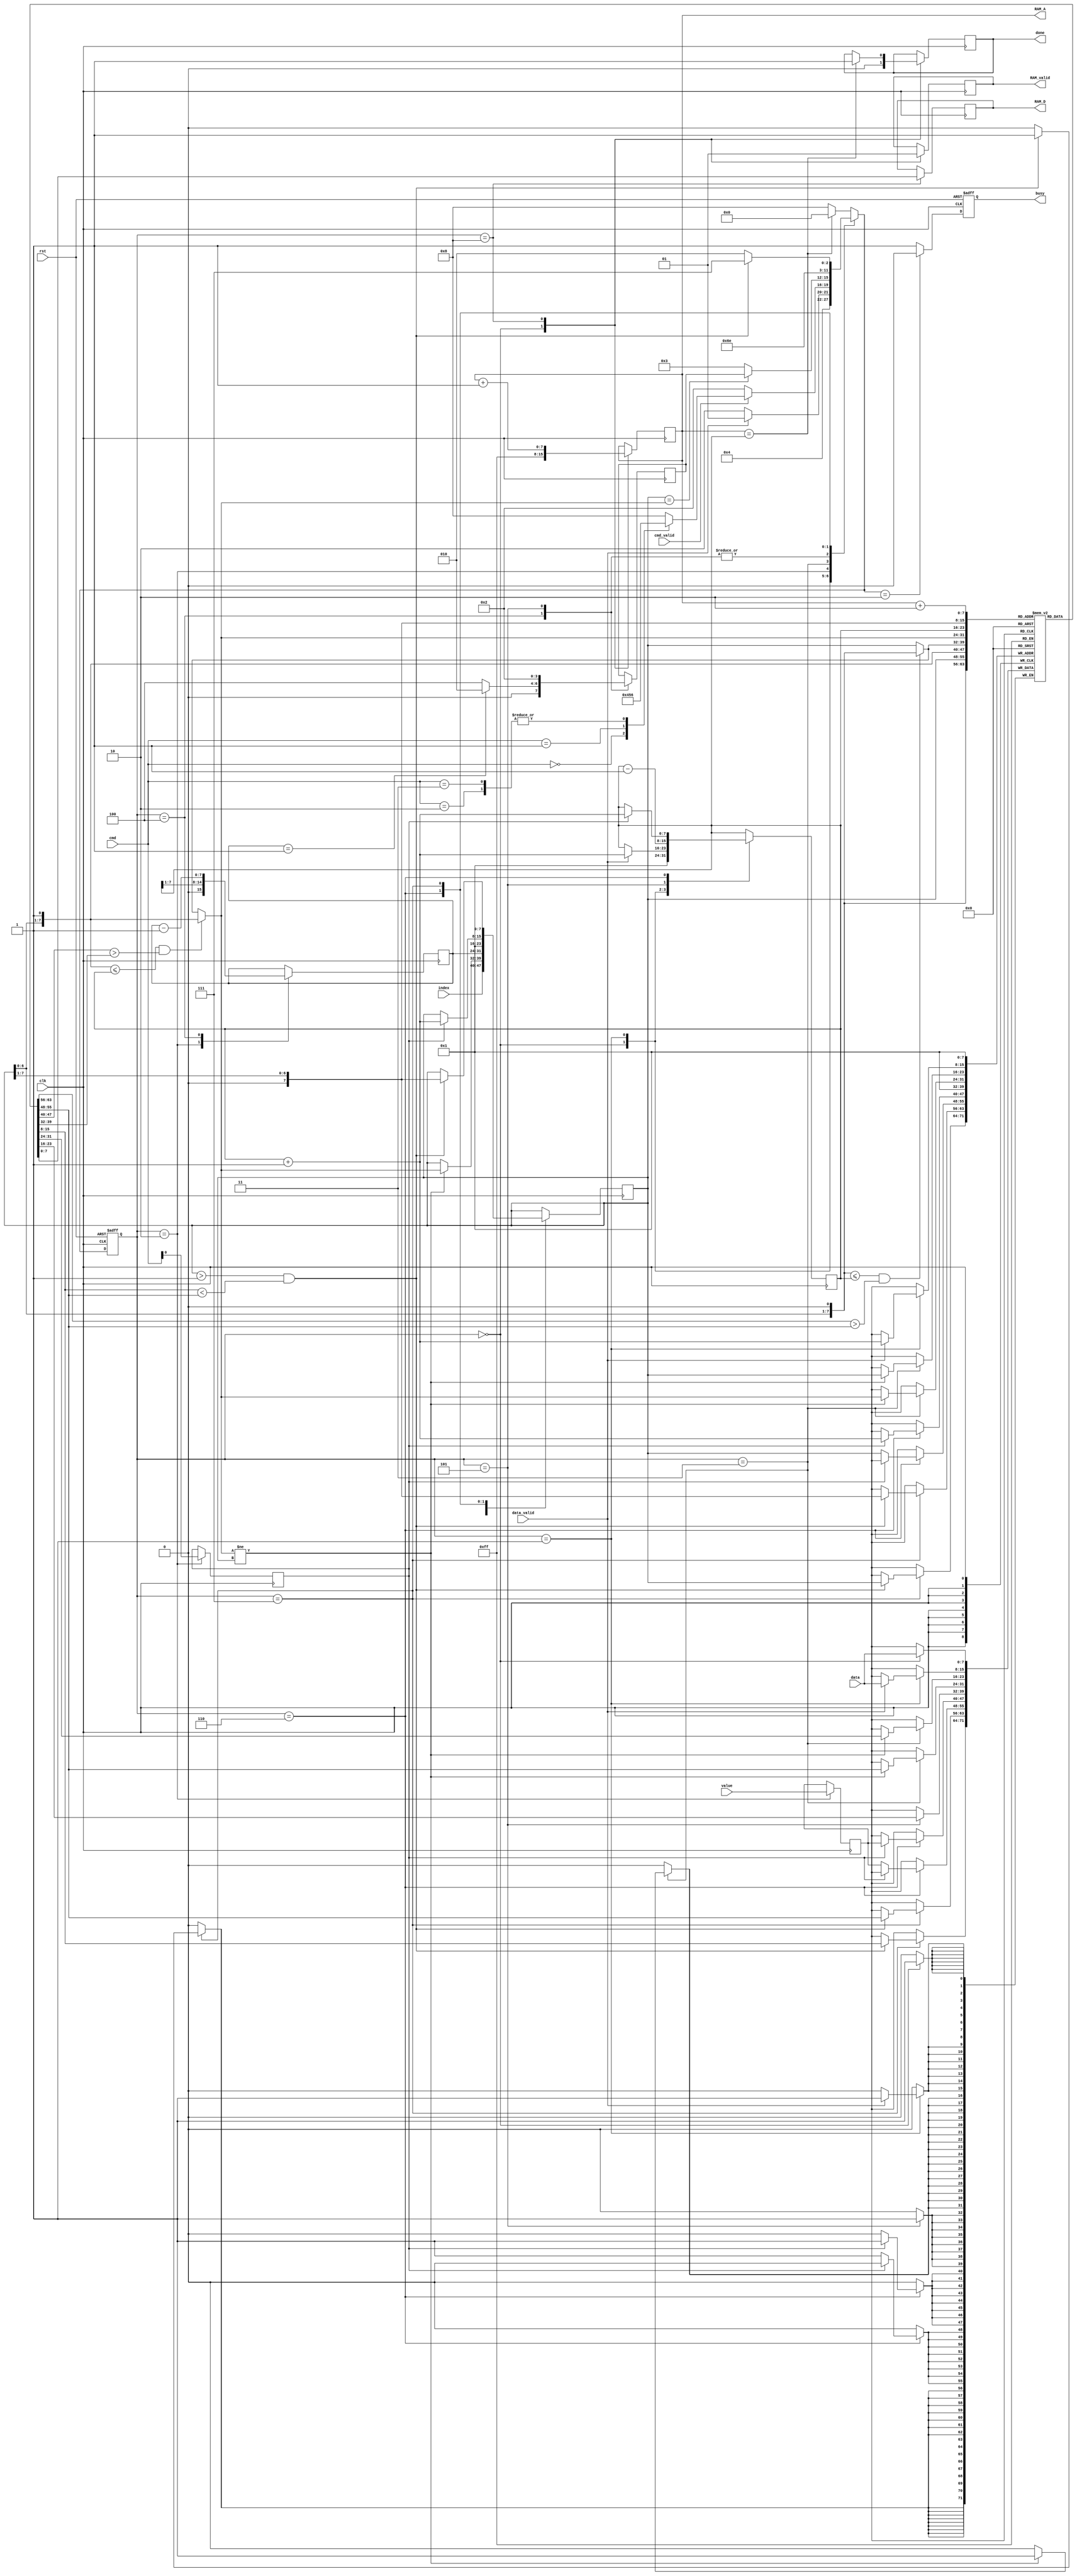
module MPQ(clk,rst,data_valid,data,cmd_valid,cmd,index,value,busy,RAM_valid,RAM_A,RAM_D,done);
input clk;
input rst;
input data_valid;
input [7:0] data;
input cmd_valid;
input [2:0] cmd;
input [7:0] index;
input [7:0] value;
output reg busy;
output reg RAM_valid;
output reg [7:0]RAM_A;
output reg [7:0]RAM_D;
output reg done;


localparam
    reset    = 0,
    load     = 1,
    wait_cmd = 2,
    heapify  = 3,
    build    = 4,
    extract  = 5,
    insert   = 6,
    while_0  = 7,
    write    = 8;

reg[3:0] state, nxt_state, ret_state;
reg[7:0] A[0:255];
reg[7:0] num, build_i, left, right, largest;
reg[7:0] index_tmp;
reg[7:0] value_tmp;
reg is_insert;
wire [7:0] index_tmp_parent = index_tmp >> 1;
wire [7:0] RAM_A_plus2 = RAM_A + 2;
wire inc_continue = (index_tmp > 1) && (A[index_tmp_parent] < A[index_tmp]); //index > 1 and A[PARENT(index)] < A[index]

/*
MAX-HEAPIFY(A, i)
    l = 2 * i
    r = 2 * i + 1
    if l <= n and A[l] > A[i]
        largest = l
    else largest = i
    if r <= n and A[r] > A[largest]
        largest = r
    if largest != i
        exchange A[i] with A[largest]
        MAX-HEAPIFY(A, largest)

BUILD-QUEUE(A)
    for i = n/2 downto 1
        MAX-HEAPIFY(A, i)

EXTRACT-MAX(A)
    if A.heap-size < 1
        error "heap underflow"
    max = A[1]
    A[1] = A[A.heap-size]
    A.heap-size = A.heap-size - 1
    MAX-HEAPIFY(A, 1)
    return max

INCREASE-VALUE(A, index, value)
    if value < A[index]
        error "new value is smaller than current value"
    A[index] = value
    while index > 1 and A[PARENT(index)] < A[index]
        exchange A[index] with A[PARENT(index)]
        index = PARENT(index)

INSERT-DATA(A, value)
    A.heap-size = A.heap-size + 1
    A[A.heap-size] = -
    INCREASE-VALUE(A, A.heap-size, value)
*/


always @(posedge clk, posedge rst)
    if(rst) state <= reset;
    else    state <= nxt_state;

always @(*) begin
    case(state)
        reset : nxt_state = load;
        load : begin
            if(!data_valid)
                nxt_state = wait_cmd;
            else
                nxt_state = load;
        end         
        wait_cmd : begin
            if(!cmd_valid)
                nxt_state = wait_cmd;
            else begin
                case(cmd)
                    0 : nxt_state = build; //Build_Queue
                    1 : nxt_state = extract; //Extract_Max
                    2 : nxt_state = insert; //Increase_Value
                    3 : nxt_state = insert; //Insert_Data
                    default : nxt_state = write; //Write
                endcase
            end
        end
        heapify : begin
            if(index_tmp == largest)
                nxt_state = ret_state; //back_state
            else
                nxt_state = heapify;
        end
        build : begin
            nxt_state = heapify;
        end
        extract : begin
            nxt_state = heapify;
        end
        insert : begin
            nxt_state = while_0;
        end
        while_0 : begin
            if(!inc_continue)
                nxt_state = wait_cmd;
            else //while index > 1 and A[PARENT(index)] < A[index]
                nxt_state = while_0;
        end
        default : begin
            if(RAM_A == num)
                nxt_state = reset;
            else
                nxt_state = write;
        end
    endcase
end

always @(*) begin // find max
    left = {index_tmp, 1'b0}; //l = 2 * i
    right = {index_tmp, 1'b1}; //r = 2 * i + 1
    largest = index_tmp;
    if((left <= num) && (A[left] > A[index_tmp])) //if l <= n and A[l] > A[i]
        largest = left; //largest = l
    if((right <= num) && (A[right] > A[largest])) //if r <= n and A[r] > A[largest]
        largest = right; //largest = r
end

always @(posedge clk) begin
    case(state)
        reset : begin
            A[1] <= data;
            num <= 1;
            RAM_valid <= 0;
            RAM_A     <= -1; // 8'hFF;
            done <= 0;
        end
        load : begin
            if(data_valid) begin
                num <= num + 1;
                A[num + 1] <= data;
            end
        end 
        wait_cmd : begin
            build_i <= (num >> 1);
            index_tmp <= index;
            value_tmp <= value;
            is_insert <= cmd[0];// increase : 010 insert : 011
        end 
        heapify : begin
            if(largest != index_tmp) begin //if largest != i
				//exchange A[i] with A[largest]
                A[index_tmp] <= A[largest];
                A[largest] <= A[index_tmp];
                index_tmp <= largest; //MAX-HEAPIFY(A, largest)
            end
        end 
        build : begin
			//for i = n/2 downto 1
            index_tmp <= build_i;
            build_i <= build_i - 1;
            if(build_i == 1)
                ret_state <= wait_cmd;
            else
                ret_state <= build;
        end 
        extract : begin
            A[1] <= A[num]; //A[1] = A[A.heap-size]
            num <= num - 1; //A.heap-size = A.heap-size - 1
            index_tmp <= 1; //MAX-HEAPIFY(A, 1)
            ret_state <= wait_cmd;
        end 
        insert : begin
            if(is_insert) begin //Insert_Data
                num <= num + 1; //A.heap-size = A.heap-size + 1
                A[num + 1] <= value_tmp; //INCREASE-VALUE(A, A.heap-size, value)
                index_tmp <= num + 1; //INCREASE-VALUE(A, A.heap-size, value)
            end 
            else begin //Increase_Value
                A[index_tmp] <= value_tmp; //A[index] = value
            end
        end 
        while_0 : begin
            if(inc_continue) begin //while index > 1 and A[PARENT(index)] < A[index]
				//exchange A[index] with A[PARENT(index)]
                A[index_tmp_parent] <= A[index_tmp];
                A[index_tmp] <= A[index_tmp_parent];
                index_tmp <= index_tmp_parent; //index = PARENT(index)
            end
        end
        write : begin
            RAM_valid <= 1;
            RAM_A <= RAM_A + 1;
            RAM_D <= A[RAM_A_plus2]; //root : 1
            if(RAM_A == num) done <= 1;
        end 
    endcase
end

always @(posedge clk, posedge rst) begin
    if(rst) begin
        busy <= 0;
    end else begin
        if(nxt_state == wait_cmd)
            busy <= 0;
        else
            busy <= 1;
    end
end

endmodule